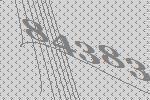
84383